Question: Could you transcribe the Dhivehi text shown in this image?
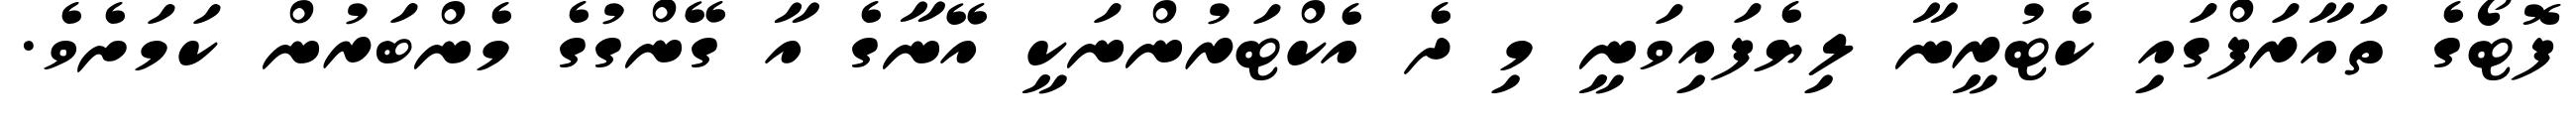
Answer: ފޮޓޯގެ ތައާރަފްގައި ކެޓުރީނާ ލިޔެފައިވަނީ މި ދެ އެކްޓަރުންނަކީ އޭނާގެ އާ ގޭންގުގެ މެންބަރުން ކަމަށެވެ.